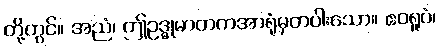
တို့တွင်။ အညံ၊ ဤဥဒ္ဓုမာတကအာရုံမှတပါးသော။ ဧဝရူပံ၊